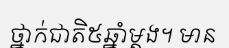
ថ្នាក់ជាតិ៥ឆ្នាំម្តង។ មាន